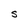
Character: S